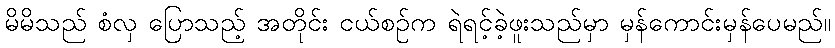
မိမိသည် စံလှ ပြောသည့် အတိုင်း ငယ်စဉ်က ရဲရင့်ခဲ့ဖူးသည်မှာ မှန်ကောင်းမှန်ပေမည်။